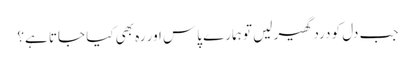
جب دل کو درد گھیر لیں تو ہمارے پاس اور رہ بھی کیا جاتا ہے؟